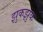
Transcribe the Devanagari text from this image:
झुकझुक